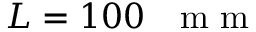
L = 1 0 0 \textrm { ~ m m }